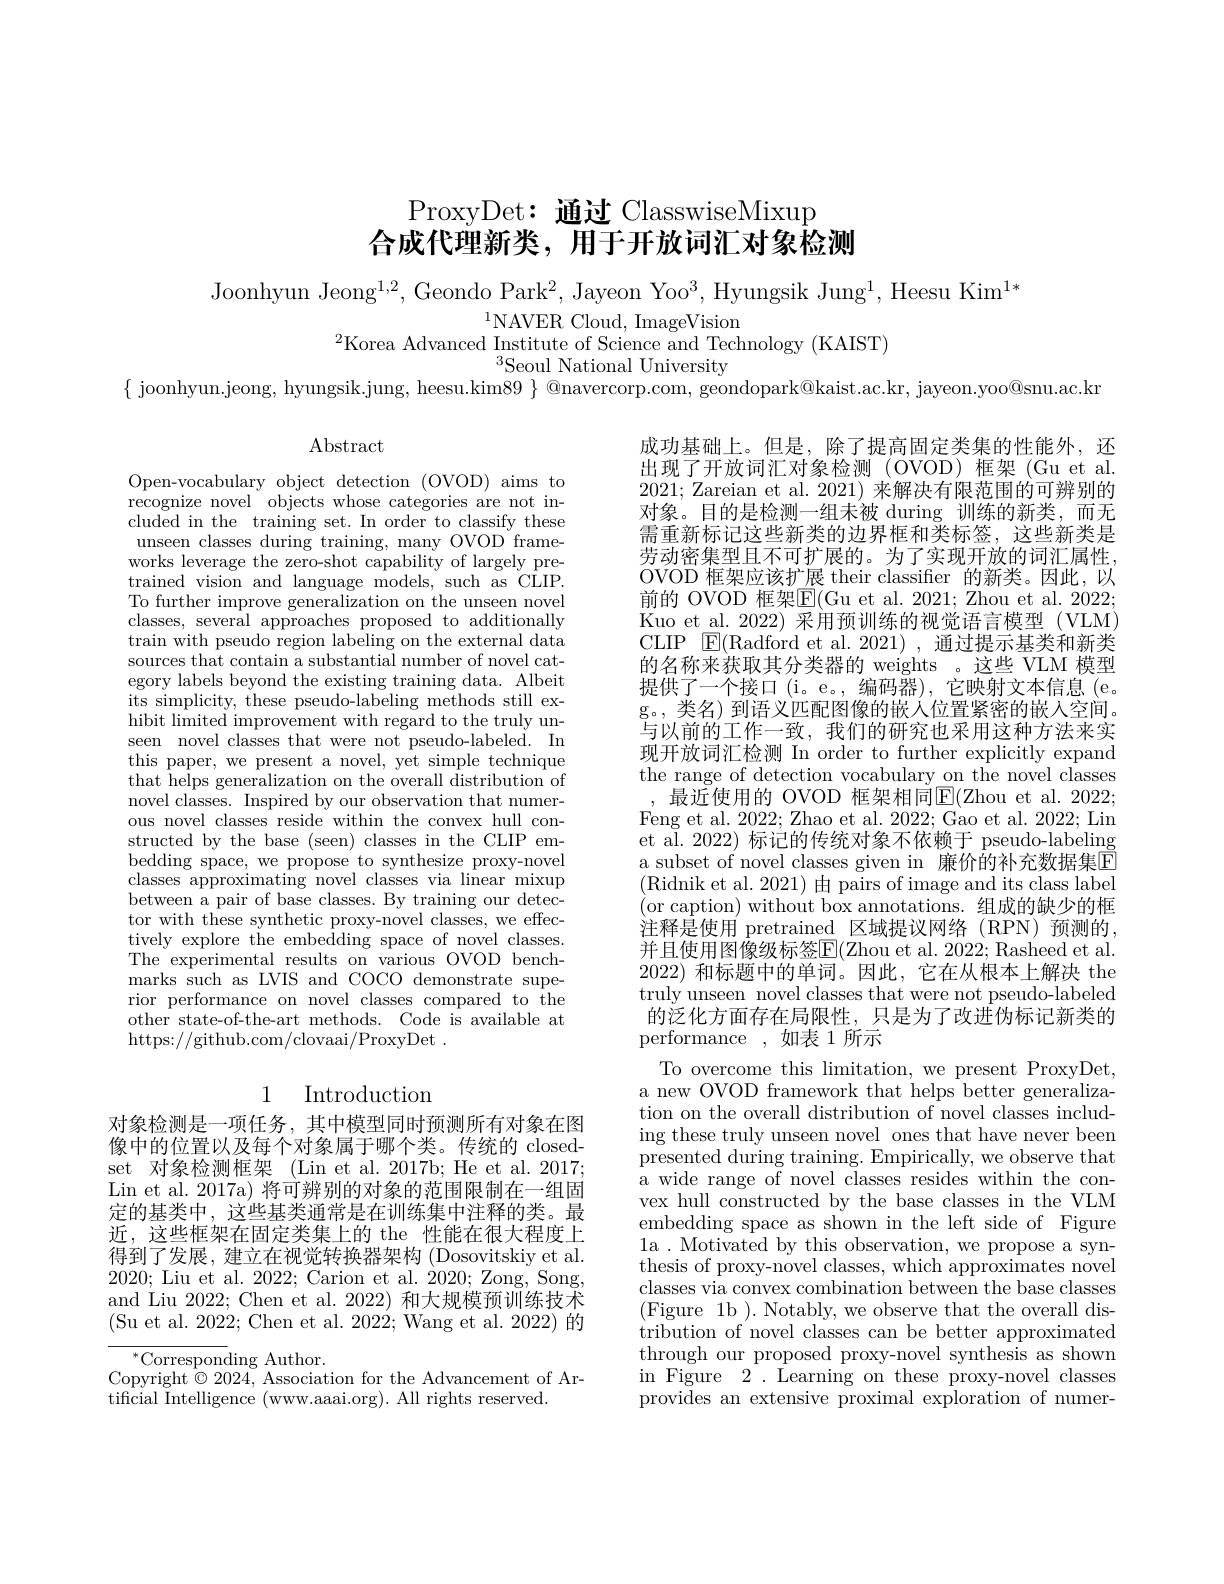
# ProxyDet: 通过 ClasswiseMixup 合成代理新类，用于开放词汇对象检测

Joonhyun Jeong$^1,2$,Geondo Park$^2$, Jayeon Yoo$^3$, Hyungsik Jung$^1,\text{Heesu Kim}^{1*}$
$^{1}$NAVER Cloud, ImageVision
$^2$Korea Advanced Institute of Science and Technology (KAIST)
$^{3}$Seoul National University
$\{$ joonhyun.jeong, hyungsik.jung, heesu.kim$89\}$ @navercorp.com, geondopark@kaist.ac.kr, jayeon.yoo@snu.ac.kr

$\operatorname{Abstract}$

Open-vocabulary object detection (OVOD) aims to recognize novel objects whose categories are not included in the training set. In order to classify these unseen classes during training, many OVOD frameworks leverage the zero-shot capability of largely pretrained vision and language models, such as CLIP. To further improve generalization on the unseen novel classes, several approaches proposed to additionally $\tan$ with pseudo region labeling on the external data sources that contain a substantial number of novel category labels beyond the existing training data. Albeit its simplicity, these pseudo-labeling methods still exhibit limited improvement with regard to the truly unseen novel classes that were not pseudo-labeled. In this paper, we present a novel, yet simple technique that helps generalization on the overall distribution of novel classes. Inspired by our observation that numerous novel classes reside within the convex hull constructed by the base (seen) classes in the CLIP embedding space, we propose to synthesize proxy-novel classes approximating novel classes via linear mixup between a pair of base classes. By training our detector with these synthetic proxy-novel classes, we effectively explore the embedding space of novel classes. The experimental results on various OVOD benchmarks such as LVIS and COCO demonstrate superior performance on novel classes compared to the other state-of-the-art methods. Code is available at https://github.com/clovaai/ProxyDet~.

成功基础上。但是，除了提高固定类集的性能外，还出现了开放词汇对象检测(OVOD)框架(Gu et al. 2021; Zareian et al. 2021) 来解决有限范围的可辨别的对象。目的是检测一组未被 during 训练的新类，而无需重新标记这些新类的边界框和类标签，这些新类是劳动密集型且不可扩展的。为了实现开放的词汇属性， OVOD 框架应该扩展 their classifier 的新类。因此，以前的 OVOD 框架$\boxed{\mathrm{F}}($Gu et al.2021; Zhou et al. 2022; Kuo et\_al.2022)采用预训练的视觉语言模型(VLM) CLIP ${\mathrm{E}}($Radford et al.2021),通过提示基类和新类的名称来获取其分类器的 weights 。这些 VLM 模型提供了一个接口(i。e。,编码器),它映射文本信息(e。g。, 类名) 到语义匹配图像的嵌入位置紧密的嵌人空间。与以前的工作一致，我们的研究也采用这种方法来实现开放词汇检测 In order to further explicitly expand the range of detection vocabulary on the novel classes
最近使用的 OVOD 框架相同$\overline{\mathbb{E}}($Zhou et al.2022; Feng et al. 2022; Zhao et al. 2022; Gao et al. 2022; Lin et al. 2022) 标记的传统对象不依赖于 pseudo-labeling a subset of novel classes given in 廉价的补充数据集$\overline{\mathrm{E}}$ (Ridnik et al. 2021)由 pairs of image and its class label (or caption) without box annotations.组成的缺少的框注释是使用 pretrained 区域提议网络 (RPN)预测的， 并且使用图像级标签$\boxed{\mathrm{F}}($Zhou et al. 2022; Rasheed et al. 2022)和标题中的单词。因此，它在从根本上解决 the truly unseen novel classes that were not pseudo-labeled 的泛化方面存在局限性，只是为了改进伪标记新类的performance ,如表 1 所示
To overcome this limitation, we present ProxyDet, a new OVOD framework that helps better generalization on the overall distribution of novel classes including these truly unseen novel ones that have never been presented during training. Empirically, we observe that a wide range of novel classes resides within the convex hull constructed by the base classes in the VLM embedding space as shown in the left side of Figure 1a.Motivatedby this observation,we propose a synthesis of proxy-novel classes, which approximates novel classes via convex combination between the base classes ( Figure 1b ) . Notably, we observe that the overall dis- tribution of novel classes can be better approximated through our proposed proxy-novel synthesis as shown in Figure $2^{\mathrm{~}}.$ Learning on these proxy-novel classes provides an extensive proximal exploration of numer-

## 1 Introduction

对象检测是一项任务，其中模型同时预测所有对象在图像中的位置以及每个对象属于哪个类。传统的 closedset 对象检测框架 (Lin et al.2017b; He et al.2017; Lin et al. 2017a) 将可辨别的对象的范围限制在一组固定的基类中，这些基类通常是在训练集中注释的类。最近，这些框架在固定类集上的 the 性能在很大程度上得到了发展，建立在视觉转换器架构 (Dosovitskiy et al. 2020; Liu et al. 2022; Carion et al. 2020; Zong, Song, and Liu 2022; Chen et al. 2022) 和大规模预训练技术(Su et al. 2022; Chen et al. 2022; Wang et al. 2022)的(Suet al. 2022; Chen et al. 2022; Wang et al. 2022) 的
$^{*}$Corresponding Author.
Copyright $\hat{\otimes}2024$, Association for the Advancement of Ar-
tificial Intelligence (www.aaai.org). All rights reserved.